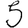
Digit: 5